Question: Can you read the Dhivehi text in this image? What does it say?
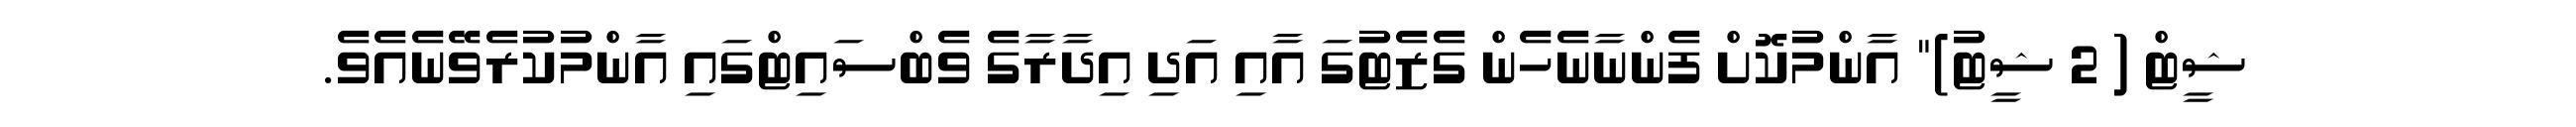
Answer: ޝީޓް ( 2 ޝީޓު)" އާންމުކޮށް ފެންނާނެހެން ގެޒެޓުގަ އާއި އަދި އިދާރާގެ ވެބްސައިޓްގައި އާންމުކުރެވޭނެއެވެ.